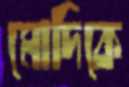
মোদিকে